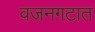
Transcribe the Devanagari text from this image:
वजनगटात